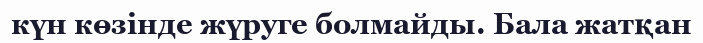
күн көзінде жүруге болмайды. Бала жатқан